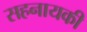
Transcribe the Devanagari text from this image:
सहनायकी